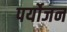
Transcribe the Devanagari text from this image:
पर्योजन